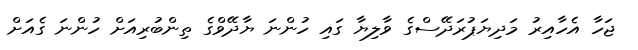
ޖަހާ އެހާއިރު މަދިޔަޕުރަދޭސްގެ ވާލިޔާ ގައި ހުންނަ ޔާދޭވްގެ ތިންބުރިއަށް ހުންނަ ގެއަށް